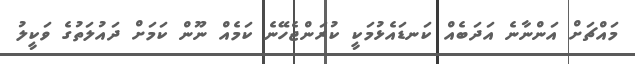
މައްޗަށް އަންނާނެ އަދަބެއް ކަނޑައެޅުމަކީ ކުރަންޖެހޭނެ ކަމެއް ނޫން ކަމަށް ދައުލަތުގެ ވަކީލު